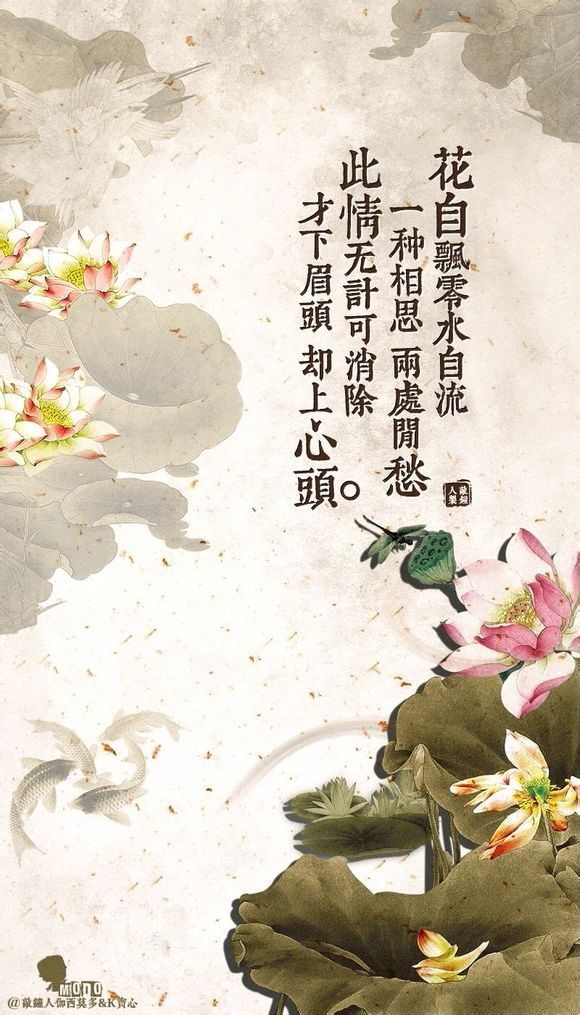
花自飘零水自流。一种相思，两处闲愁。